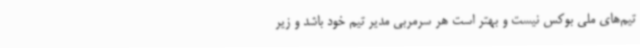
تیم‌های ملی بوکس نیست و بهتر است هر سرمربی مدیر تیم خود باشد و زیر